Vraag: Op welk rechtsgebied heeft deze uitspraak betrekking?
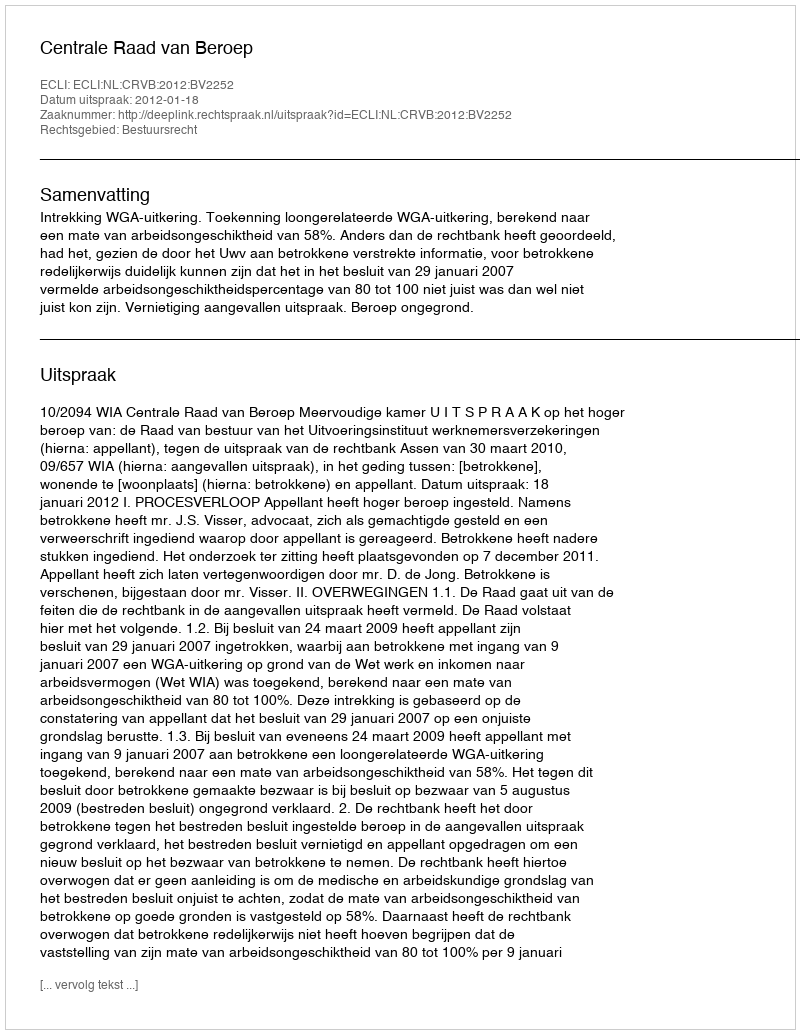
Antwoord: Bestuursrecht